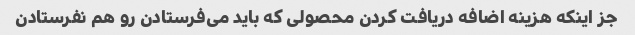
جز اینکه هزینه اضافه دریافت کردن محصولی که باید می‌فرستادن رو هم نفرستادن